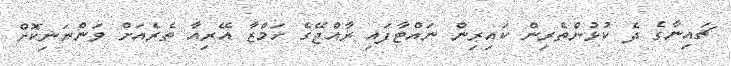
ޗައިނާގެ ދެ ކުޅުންތެރިން ކައިރިން ނައްޓާފައި ރާއްޖޭގެ ހަމްޒާ އޭރިއާ ތެރެއަށް ވަންނަނިކޮށް